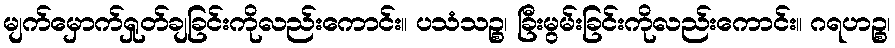
မျက်မှောက်ရှုတ်ချခြင်းကိုလည်းကောင်း။ ပသံသဉ္စ၊ ခြီးမွမ်းခြင်းကိုလည်းကောင်း။ ဂရဟဉ္စ၊